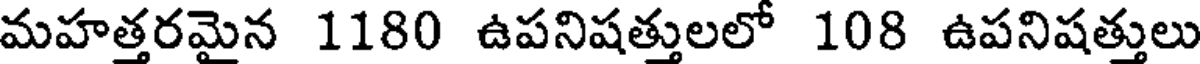
మహత్తరమైన 1180 ఉపనిషత్తులలో 108 ఉపనిషత్తులు